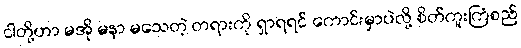
ငါတို့ဟာ မအို မနာ မသေတဲ့ တရားကို ရှာရရင် ကောင်းမှာပဲလို့ စိတ်ကူးကြံစည်